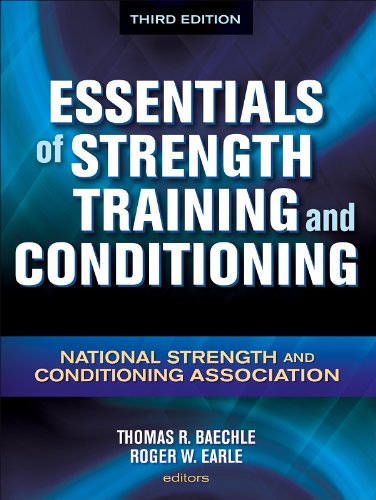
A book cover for Essentials of Strength Training and Conditioning - 3rd Edition; National Strength and Conditioning Association; Science & Math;